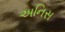
અનિસ